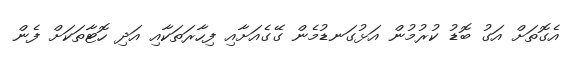
އެގޮތަށް އަގު ބޮޑު ކުރުމުން އަޅުގަނޑުމެން ގޭގެއަށާއި ފިހާރަތަކާއި އަދި ހޮޓާތަކަށް ފެން